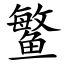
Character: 鳘